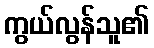
ကွယ်လွန်သူ၏